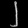
Digit: ၂